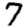
Digit: 7